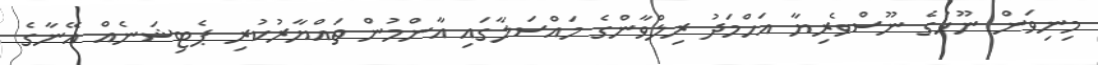
މިނިވަން ނޫހުގެ ނޫސްވެރިޔާ އަހްމަދު ރިލްވާންގެ މައްސަލާގައި އާންމުން ތައްޔާރުކުރި ޕެޓިޝަނެއް އޭނާގެ